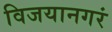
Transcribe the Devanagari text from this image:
विजयानगरं